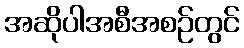
အဆိုပါအစီအစဉ်တွင်